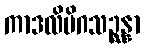
ကာဒလိမိဂသဉ္ဆန္နာ